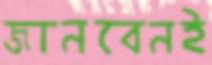
জানবেনই